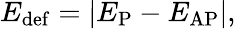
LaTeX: E_{\mathrm{def}}=|E_{\mathrm{P}}-E_{\mathrm{AP}}|,